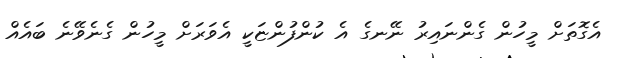
އެގޮތަށް މީހުން ގެންނައިރު ނޭނގެ އެ ކުންފުންޏަކީ އެވަރަށް މީހުން ގެނެވޭނެ ބައެއް